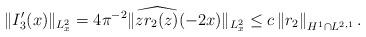
LaTeX: \begin{align*}\|I_3'(x)\|_{L^2_x} = 4 \pi^{-2} \| \widehat{z r_2(z)}(-2x)\|_{L^2_x}\leq c \left\|r_2\right\|_{H^{1} \cap L^{2,1}}. \end{align*}